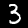
Digit: 3